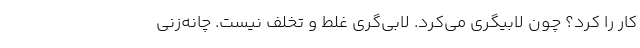
کار را کرد؟ چون لابیگری می‌کرد. لابی‌گری غلط و تخلف نیست. چانه‌زنی